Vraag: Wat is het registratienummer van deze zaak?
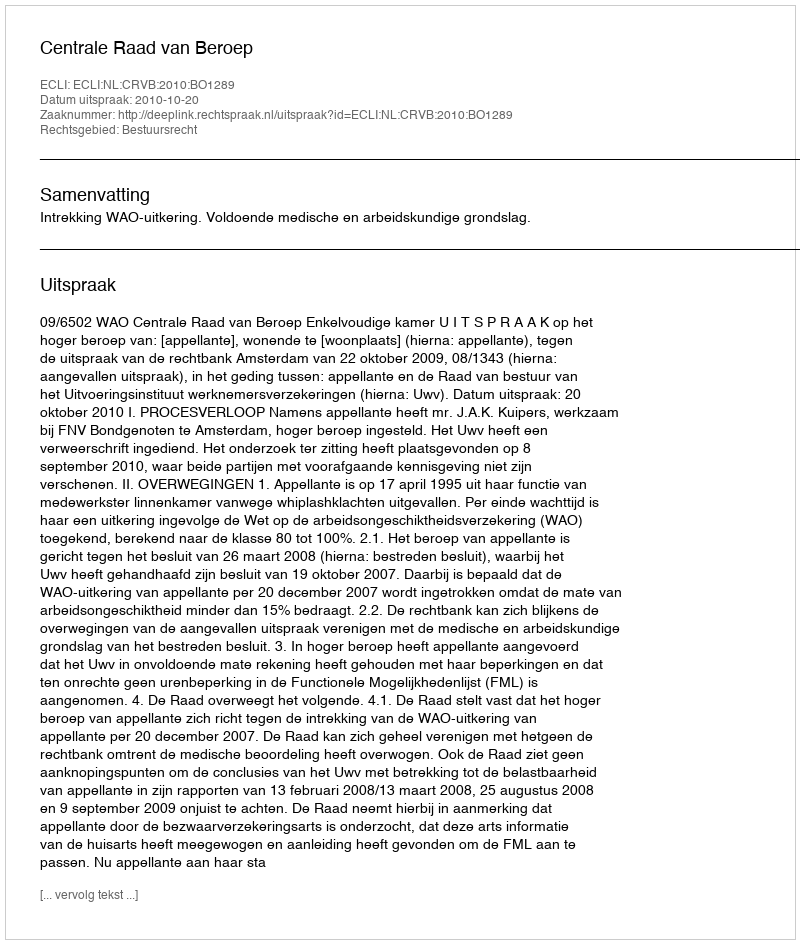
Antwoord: http://deeplink.rechtspraak.nl/uitspraak?id=ECLI:NL:CRVB:2010:BO1289